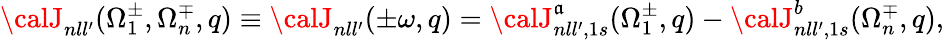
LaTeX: {\calJ}_{nll^{\prime}}(\Omega_{1}^{\pm},\Omega_{n}^{\mp},q)\equiv{\calJ}_{nll^{\prime}}(\pm\omega,q)={\calJ}_{nll^{\prime},1s}^{\mathfrak{a}}(\Omega_{1}^{\pm},q)-{\calJ}_{nll^{\prime},1s}^{b}(\Omega_{n}^{\mp},q),